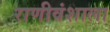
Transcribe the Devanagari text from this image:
राणीवंशाला